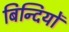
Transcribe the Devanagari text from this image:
बिन्दियों